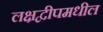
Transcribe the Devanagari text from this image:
लक्षद्वीपमधील